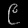
Digit: ၉